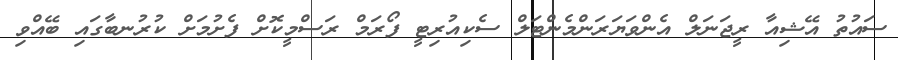
ސައުތު އޭޝިއާ ރީޖަނަލް އެންވަޔަރަންމެންޓަލް ސެކިއުރިޓީ ފޯރަމް ރަސްމީކޮށް ފެށުމަށް ކުރުނބާގައި ބޭއްވި